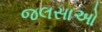
જલસાઓ